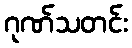
ဂုဏ်သတင်း